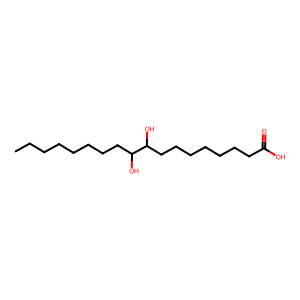
SMILES: CCCCCCCCC(O)C(O)CCCCCCCC(=O)O
Inhibits HIV replication: No